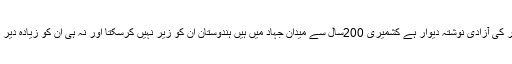
،انہوں نے کہا کشمیر کی آزادی نوشتہ دیوار ہے کشمیری 200سال سے میدان جہاد میں ہیں ہندوستان ان کو زیر نہیں کرسکتا اور نہ ہی ان کو زیادہ دیر غلام رکھ سکتا ہے ۔